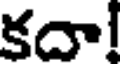
కదా!